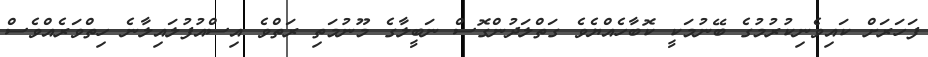
ފަހަރަށް ކައިވެނިކުރުމުގެ ބޭނުމަކީ ކޮބާހެއްޔެވެ ގަތްލަދުންގޮސް ނަބީލާގެ މޫނުމަތި ރަތްވެ އިސްއުފުލައިލާނެ ހިތްވަރެއްވެސް